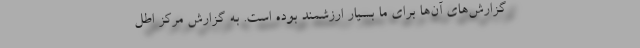
گزارش‌های آن‌ها برای ما بسیار ارزشمند بوده است. به گزارش مرکز اطل